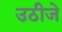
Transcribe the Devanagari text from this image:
उठीजे